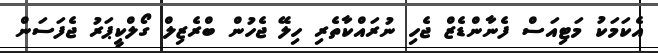
އެކަމަކު މަޓިއަސް ފެނާންޑެޒް ޖެހި ނުރައްކާތެރި ހިލޭ ޖެހުން ބްރެޒިލް ގޯލްކީޕަރު ޖެފަސަން